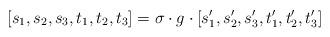
LaTeX: \begin{align*}[s_{1},s_{2},s_{3},t_{1},t_{2},t_{3}]=\sigma\cdot g\cdot[s_{1}',s_{2}',s_{3}',t_{1}',t_{2}',t_{3}']\end{align*}